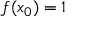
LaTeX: f ( x _ { 0 } ) = 1